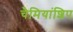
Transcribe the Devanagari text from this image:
चैमियांशिप